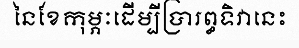
នៃខែកុម្ភៈដើម្បីប្រារព្ធទិវានេះ